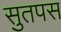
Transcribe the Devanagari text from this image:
सुतपस